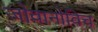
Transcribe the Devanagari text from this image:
जोवानोविच